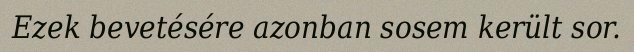
Ezek bevetésére azonban sosem került sor.